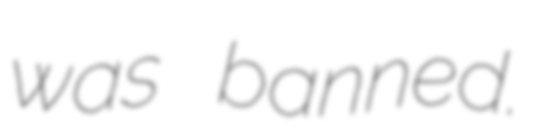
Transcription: was banned.